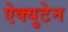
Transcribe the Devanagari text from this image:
ऐक्युटेन